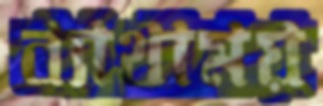
ব্যাথাময়